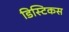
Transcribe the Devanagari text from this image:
डिस्टिकस